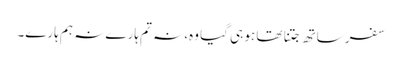
سفر ساتھ جتنا تھا ہو ہی گیا وہ، نہ تم ہارے نہ ہم ہارے۔